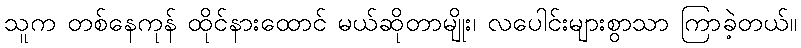
သူက တစ်နေကုန် ထိုင်နားထောင် မယ်ဆိုတာမျိုး၊ လပေါင်းများစွာသာ ကြာခဲ့တယ်။